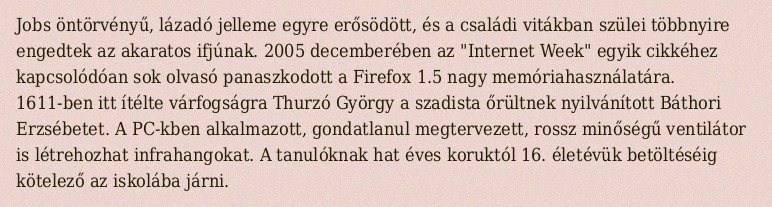
Jobs öntörvényű, lázadó jelleme egyre erősödött, és a családi vitákban szülei többnyire engedtek az akaratos ifjúnak. 2005 decemberében az "Internet Week" egyik cikkéhez kapcsolódóan sok olvasó panaszkodott a Firefox 1.5 nagy memóriahasználatára. 1611-ben itt ítélte várfogságra Thurzó György a szadista őrültnek nyilvánított Báthori Erzsébetet. A PC-kben alkalmazott, gondatlanul megtervezett, rossz minőségű ventilátor is létrehozhat infrahangokat. A tanulóknak hat éves koruktól 16. életévük betöltéséig kötelező az iskolába járni.